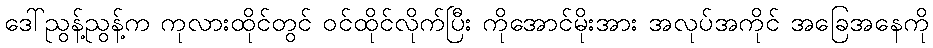
ဒေါ်ညွန့်ညွန့်က ကုလားထိုင်တွင် ဝင်ထိုင်လိုက်ပြီး ကိုအောင်မိုးအား အလုပ်အကိုင် အခြေအနေကို